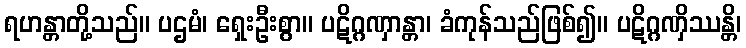
ရဟန္တာတို့သည်။ ပဌမံ၊ ရှေးဦးစွာ။ ပဋိဂ္ဂဏှာန္တာ၊ ခံကုန်သည်ဖြစ်၍။ ပဋိဂ္ဂဏှိဿန္တိ၊